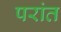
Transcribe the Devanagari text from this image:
परांत